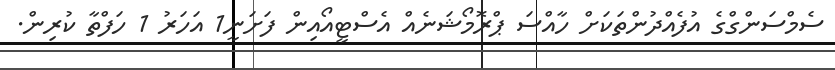
ސެމްސަންގްގެ އުފެއްދުންތަކަށް ހާއްސަ ޕްރޮމޯޝަނެއް އެސްޓީއޯއިން ފަށަނީ1 އަހަރު 1 ހަފްތާ ކުރިން.